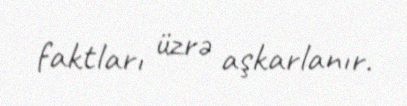
faktları üzrə aşkarlanır.